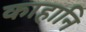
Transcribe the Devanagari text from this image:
काहानि